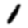
Digit: 1